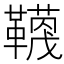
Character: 𮧬